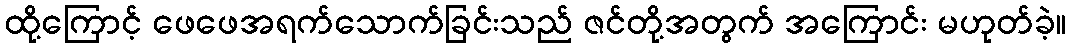
ထို့ကြောင့် ဖေဖေအရက်သောက်ခြင်းသည် ဇင်တို့အတွက် အကြောင်း မဟုတ်ခဲ့။